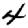
Digit: 4